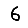
Digit: 6